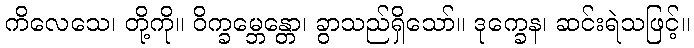
ကိလေသေ၊ တို့ကို။ ဝိက္ခမ္ဘေန္တော၊ ခွာသည်ရှိသော်။ ဒုက္ခေန၊ ဆင်းရဲသဖြင့်။